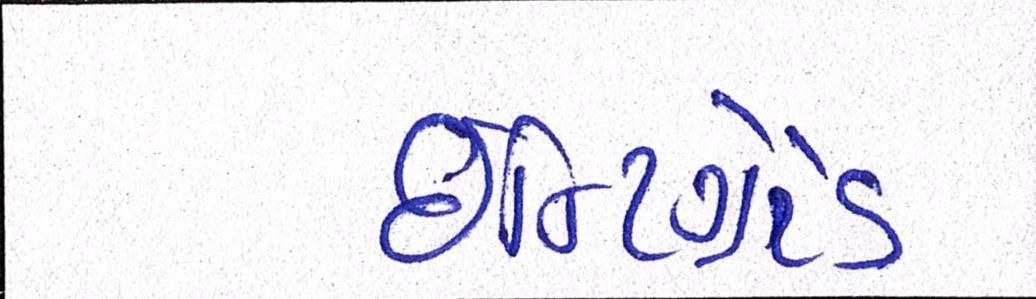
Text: ઇન્ટિગ્રેટેડ